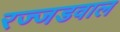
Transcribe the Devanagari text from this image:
रज्जडवाल